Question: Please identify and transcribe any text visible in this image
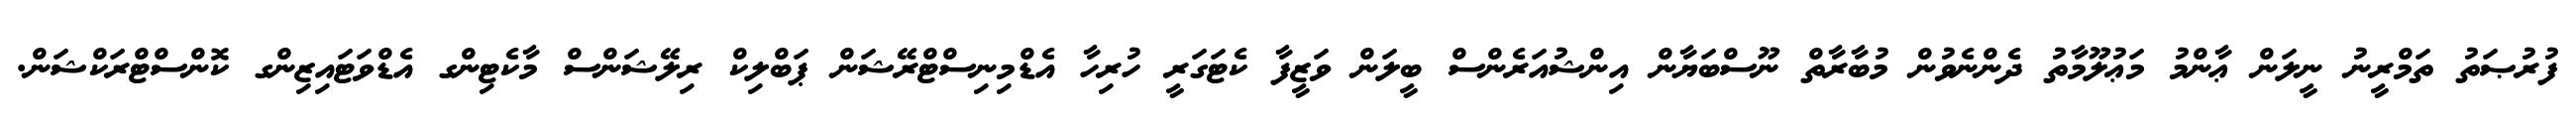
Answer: ފުރުޞަތު ތަމްރީނު ނީލަން ޢާންމު މަޢުލޫމާތު ދެންނެވުން މުބާރާތް ނޫސްބަޔާން އިންޝުއަރެންސް ބީލަން ވަޒީފާ ކެޓަގަރީ ހުރިހާ އެޑްމިނިސްޓްރޭޝަން ޕަބްލިކް ރިލޭޝަންސް މާކެޓިންގ އެޑްވަޓައިޒިންގ ކޮންސްޓްރަކްޝަން.